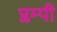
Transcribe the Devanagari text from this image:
प्लम्पी